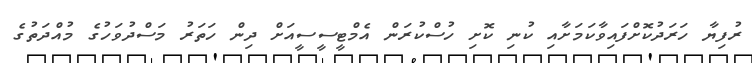
ރުފިޔާ ހަރަދުކޮށްފައިވާކަމަށާއި ކުނި ކޮށި ހުސްކުރަން އެމްޓީސީސީއަށް ދިން ހަތަރު މަސްދުވަހުގެ މުއްދަތުގެ